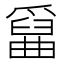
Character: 𤔱